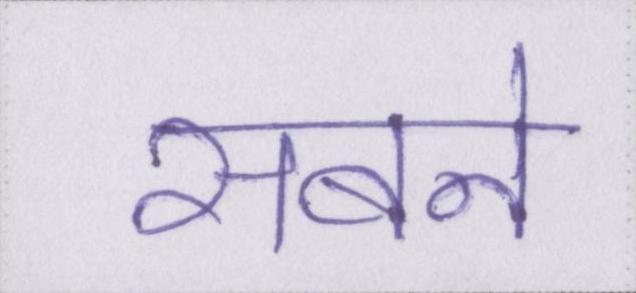
सबने